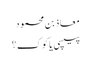
معاذ بن محمود
پیپسی یا کوک؟